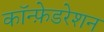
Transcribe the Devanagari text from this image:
कॉन्फ़ेडरेशन